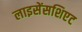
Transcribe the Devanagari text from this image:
लाइसेंसशिएट